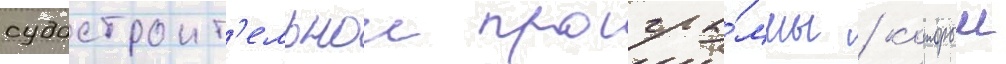
судостроит'ельнои програ́ммы / которыи